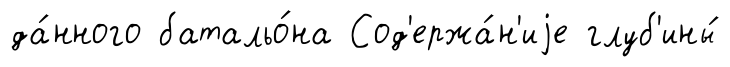
да́нного батальо́на Сод'ержа́н'иjе глуб'ины́